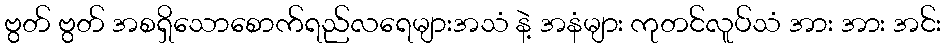
ဗွတ် ဗွတ် အစရှိသောစောက်ရည်လရေများအသံ နဲ့ အနံများ ကုတင်လူပ်သံ အား အား အင်း